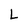
Character: L